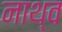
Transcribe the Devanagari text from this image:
नाथ्व